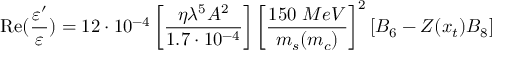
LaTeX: \mathrm { R e } ( \frac { \varepsilon ^ { \prime } } { \varepsilon } ) = 1 2 \cdot 1 0 ^ { - 4 } \left[ \frac { \eta \lambda ^ { 5 } A ^ { 2 } } { 1 . 7 \cdot 1 0 ^ { - 4 } } \right] \left[ \frac { 1 5 0 ~ M e V } { m _ { s } ( m _ { c } ) } \right] ^ { 2 } [ B _ { 6 } - Z ( x _ { t } ) B _ { 8 } ]